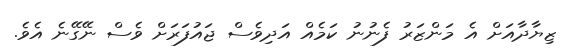
ޒިޔާދާއަށް އެ މަންޒަރު ފެނުނު ކަމެއް އަދިވެސް ޖައުފަރަށް ވެސް ނޭގޭނެ އެވެ.